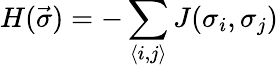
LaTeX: H(\vec{\sigma})=-\sum_{\langle i,j\rangle}J(\sigma_{i},\sigma_{j})